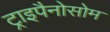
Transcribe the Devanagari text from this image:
ट्राइपैनोसोम